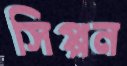
সিপ্পন